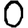
Digit: 0